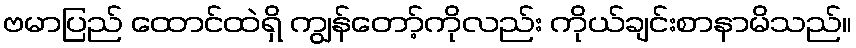
ဗမာပြည် ထောင်ထဲရှိ ကျွန်တော့်ကိုလည်း ကိုယ်ချင်းစာနာမိသည်။